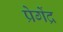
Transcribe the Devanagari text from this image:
प्रेगेंद्र